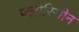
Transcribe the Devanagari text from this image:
फ्लोरिसीन